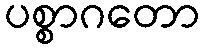
ပစ္စာဂတော